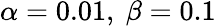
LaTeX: \alpha=0.01,\ \beta=0.1